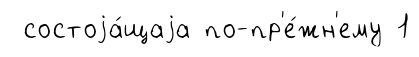
состоjа́щаjа по-пр'е́жн'ему 1